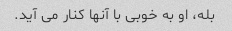
بله، او به خوبی با آنها کنار می آید.